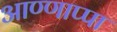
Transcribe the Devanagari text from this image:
आण्णाप्पा